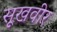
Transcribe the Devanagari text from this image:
सूखवीर